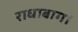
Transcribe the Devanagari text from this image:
राधाबाग।